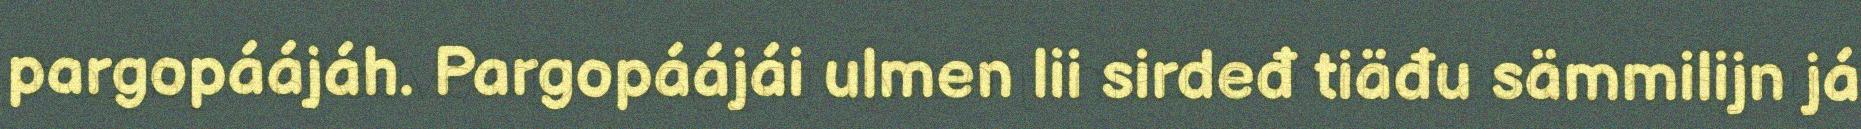
pargopáájáh. Pargopáájái ulmen lii sirdeđ tiäđu sämmilijn já